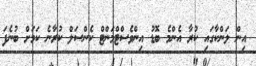
އިން ލަންކާގައި ކުރާ އެންމެ ބޮޑު އިންވެސްޓްމަންޓް ކެންސަލް ކުރާނެ ކަމަށް ބުނެފަ